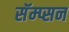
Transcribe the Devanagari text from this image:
सॅम्प्सन